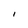
Character: I